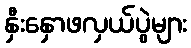
နှီးနှောဖလှယ်ပွဲများ